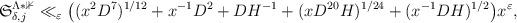
LaTeX: \begin{align*}\begin{aligned}\mathfrak{S}_{\delta, j}^{\Lambda*\mathbb{1}}& \ll_{\varepsilon} \big((x^2 D^7)^{1/12}+ x^{-1} D^2+ DH^{-1}+ (xD^{20}H)^{1/24}+ (x^{-1}DH)^{1/2}\big) x^{\varepsilon},\end{aligned}\end{align*}